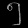
Digit: ၅